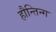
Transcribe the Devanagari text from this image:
हौन्तिन्ग